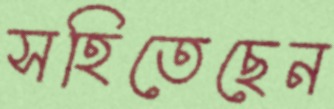
সহিতেছেন